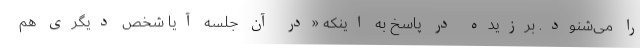
را می‌شنود. برزیده در پاسخ به اینکه «در آن جلسه‌ آیا شخص دیگری هم